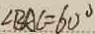
\angle B A C = 6 0 ^ { \circ }